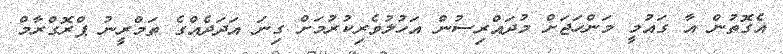
އެގޮތުން އާ ގައުމީ މަންހަޖަށް މުދައްރިސުން އަހުލުވެރިކުރުމަށް ގިނަ އަދަދެއްގެ ތަމްރީނު ޕްރޮގްރާމް